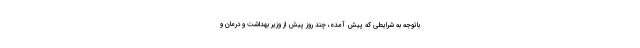
باتوجه به شرایطی که پیش آمده، چند روز پیش از وزیر بهداشت و درمان و